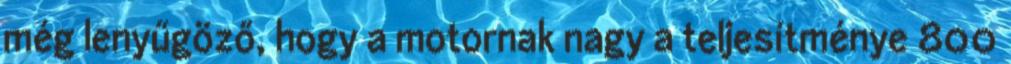
még lenyűgöző, hogy a motornak nagy a teljesítménye 800